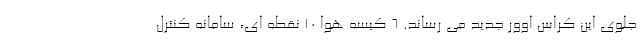
جلوی این کراس اوور جدید می رساند. ۶ کیسه هوا ۱۰ نقطه ای، سامانه کنترل